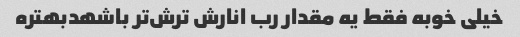
خیلی خوبه فقط یه مقدار رب انارش ترش‌تر باشهدبهتره